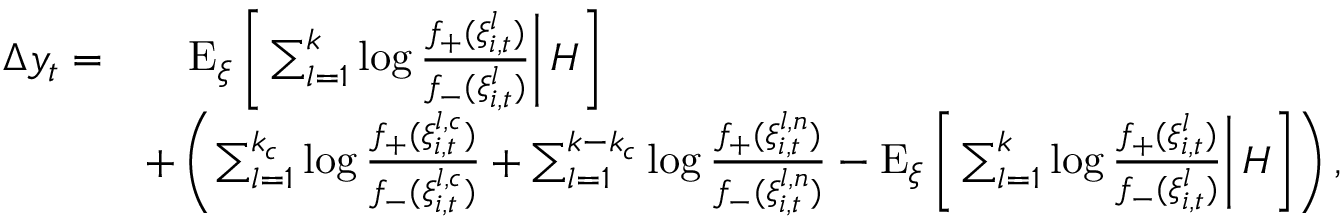
\begin{array} { r l } { \Delta y _ { t } = } & { \quad \mathrm { E } _ { \xi } \left[ \left. \sum _ { l = 1 } ^ { k } \log \frac { f _ { + } ( \xi _ { i , t } ^ { l } ) } { f _ { - } ( \xi _ { i , t } ^ { l } ) } \right| H \right] } \\ & { + \left( \sum _ { l = 1 } ^ { k _ { c } } \log \frac { f _ { + } ( \xi _ { i , t } ^ { l , c } ) } { f _ { - } ( \xi _ { i , t } ^ { l , c } ) } + \sum _ { l = 1 } ^ { k - k _ { c } } \log \frac { f _ { + } ( \xi _ { i , t } ^ { l , n } ) } { f _ { - } ( \xi _ { i , t } ^ { l , n } ) } - \mathrm { E } _ { \xi } \left[ \left. \sum _ { l = 1 } ^ { k } \log \frac { f _ { + } ( \xi _ { i , t } ^ { l } ) } { f _ { - } ( \xi _ { i , t } ^ { l } ) } \right| H \right] \right) , } \end{array}